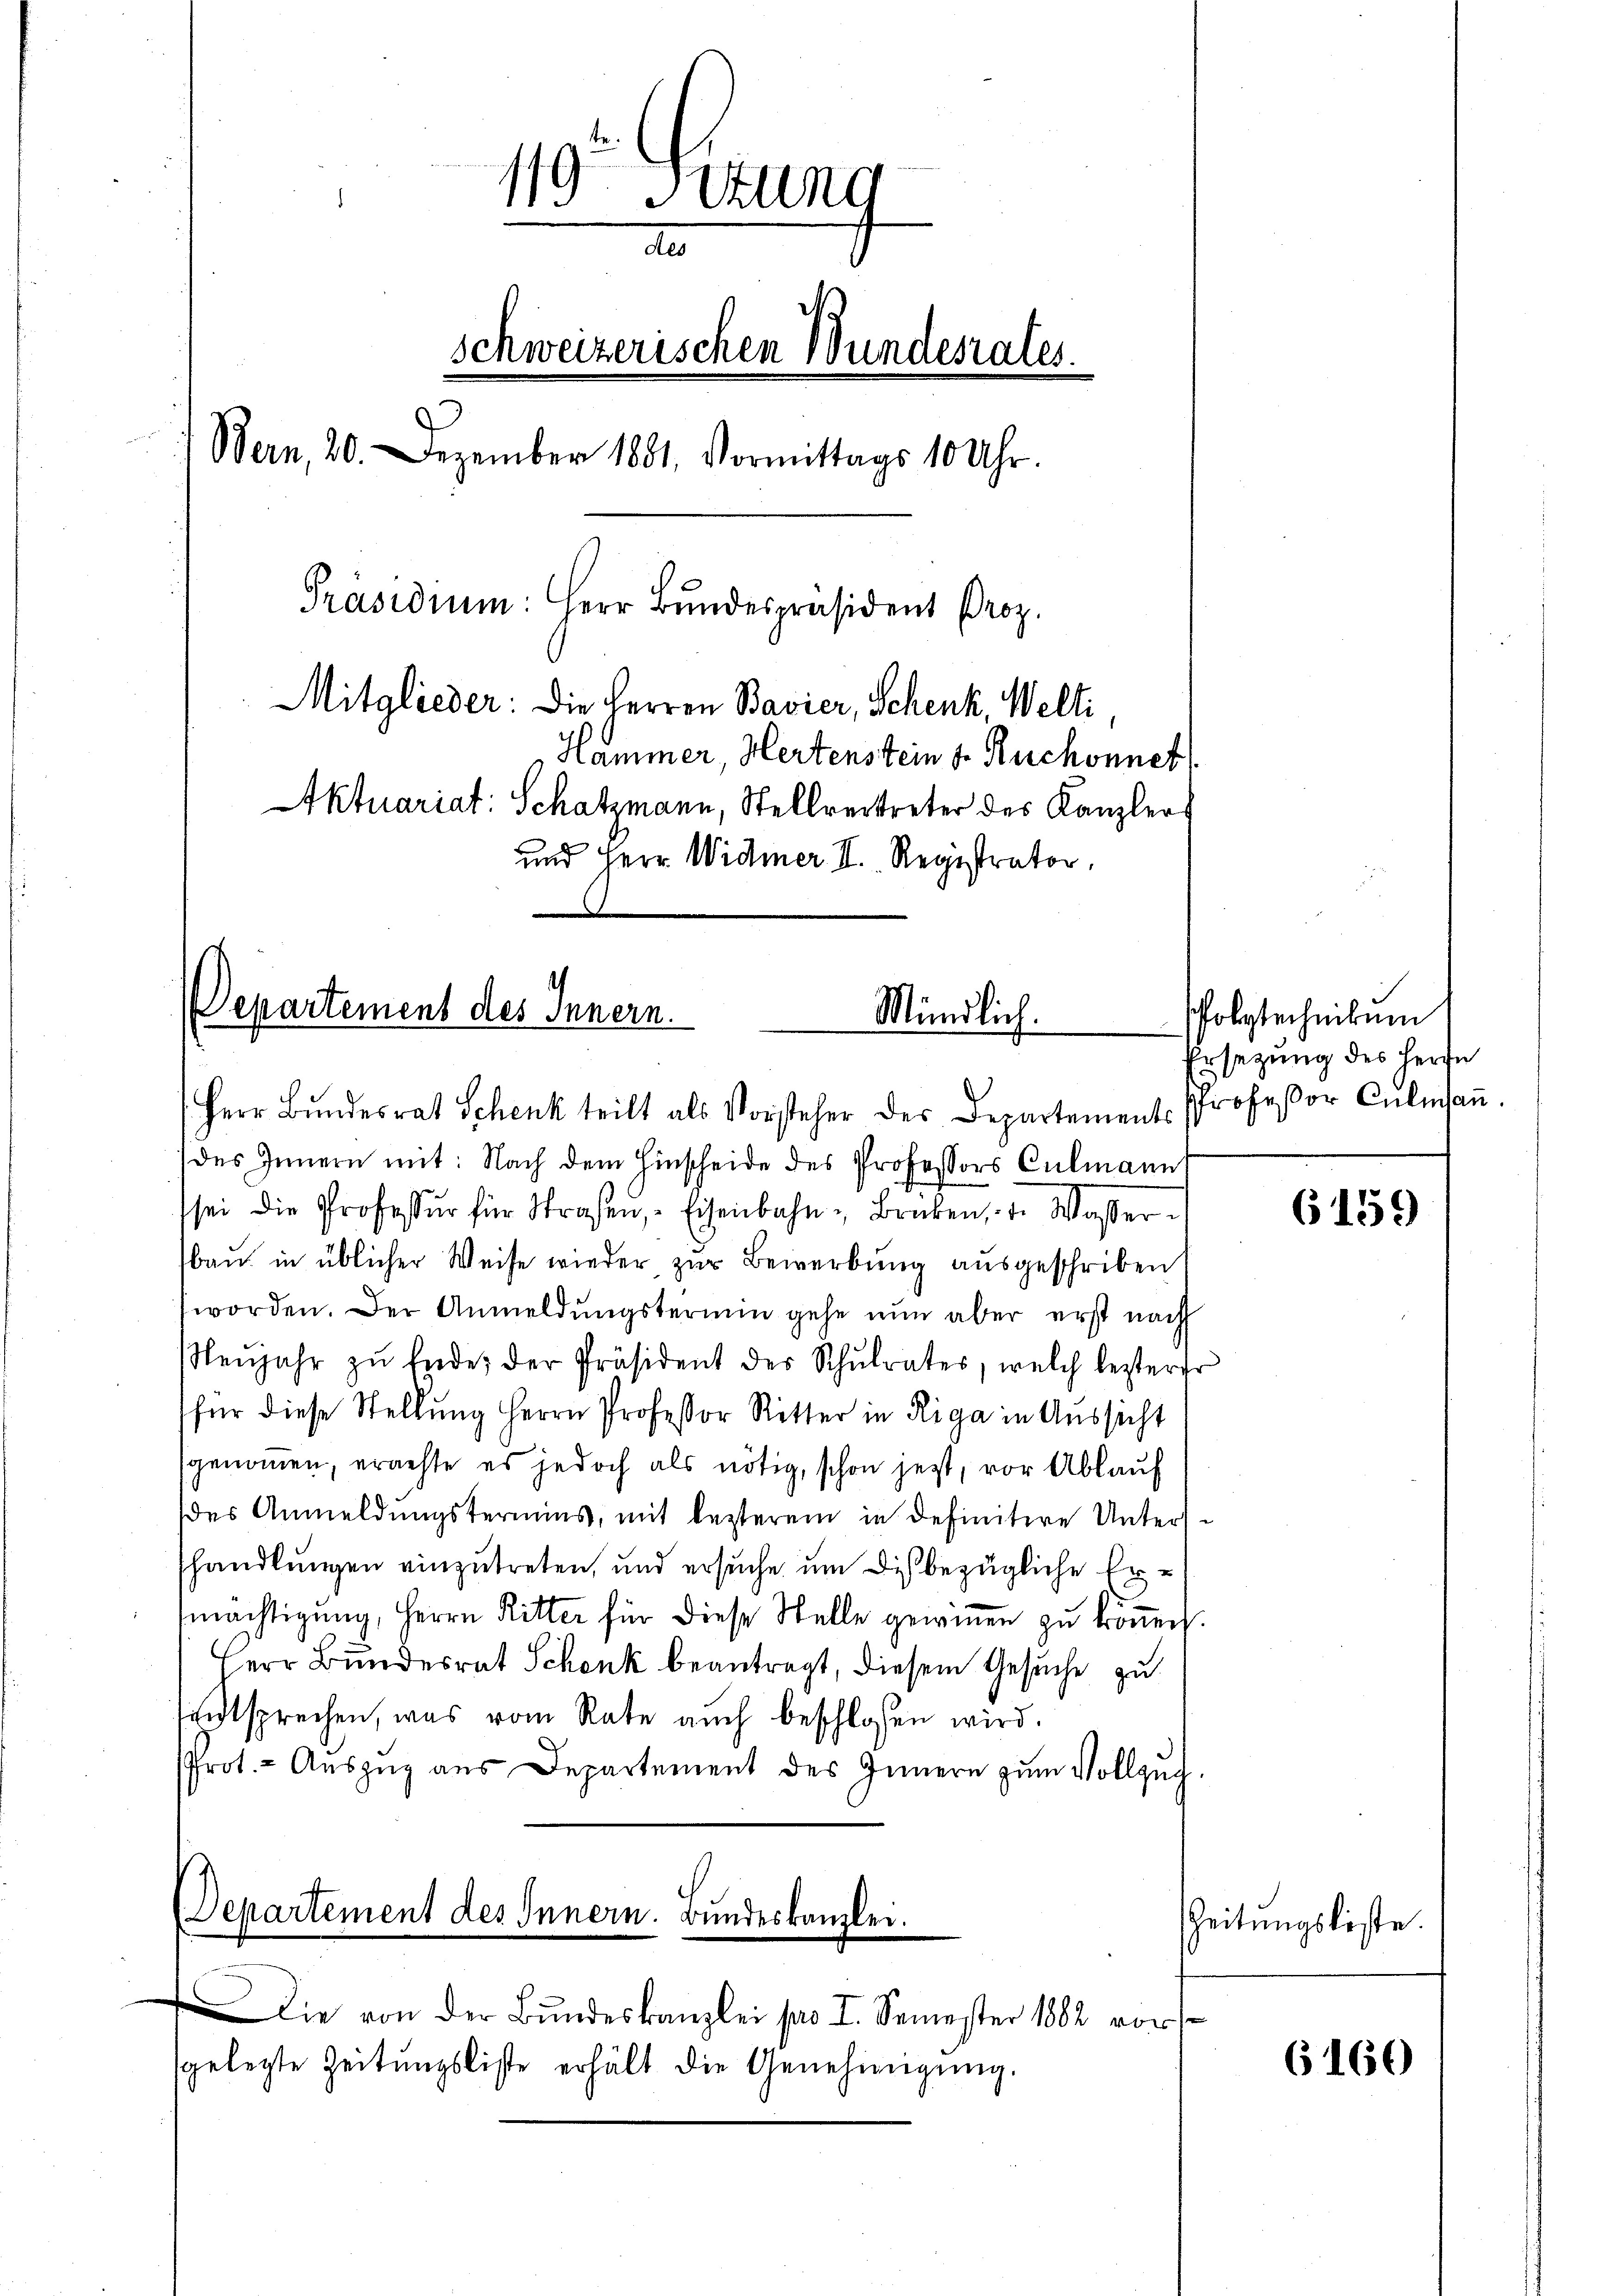
119 Setung
d
schweizerischen Wundesrates.
5
Bern, 20. Dezember 1881. Vormittags 10 Uhr.
Präsidium: Herr Bŭndespräsident Proz.
Mitglieder: Die Herren Bavier, Schenk, Welti
Hammer, Hertenstein s. Ruchonnet
Aktuariat: Schatzmann, Stellvertreter des Kanzler
und Herr Widmer II. Registrator.

Departement des Innern.

Herr Bŭndesrat Schenk teilt als Vorsteher des Departement. Professor Culmaṅ
des Innern mit: Nach dem Hinscheide des Professors Culmann
sei die Professur für Straßen, Eisenbahn- Brüken, u. Wasser-
bau in üblicher Weise wieder zur Bewerbung ausgeschriben
worden. Der Anmeldungstermin gehe nun aber erst nach
Neŭjahr zŭ leide, der Präsident des Schŭlrater, welch lezterer
für diese Stellung Herrn Professor Ritter in Riga in Aussicht
genommen, erachte es jedoch als nötig, schon jetzt, vor Ablauf
des Anmeldungstermins, mit lezterem in definitive Untersshandlungen einzutreten, und ersuche um Dich bezügliche Ermächtigŭng, Herrn Ritter für diese Stelle gewinnen zŭ köṅen.
Herr Bundesrat Schenk beantragt, diesem Gesuche zu
sentsprechen, was vom Rate auch beschlossen wird.
Prot. - Aŭszŭg aus Departement des Innern zum Vollzug.

Departement des Innern. Bundeskanzlei.

Mündlich.

die von der Bŭndeskanzlei pro I. Semester 1882 vor
sgelegte Zeitŭngsliste erhält die Genehmigŭng.

Pfolytechnikum
Ersezung des Herze

6159

Zeitungsliste.

6160